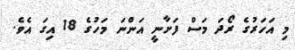
މި އަހަރުގެ ރޯދަ މަސް ފަށާނީ އަންނަ މަހުގެ 18 އިގަ އެވެ.